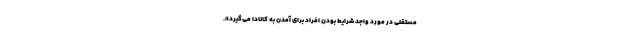
مستقلی در مورد واجد شرایط بودن افراد برای آمدن به کانادا می‌گیرد».